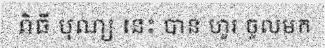
ពិធី បុណ្យ នេះ បាន ហូរ ចូលមក